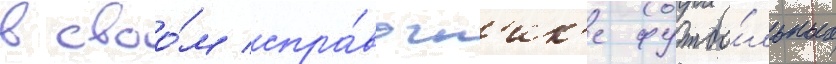
в своо́м спра́вочн'ик'е футбо́льных